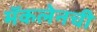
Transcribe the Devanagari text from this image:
मॅकलेनची